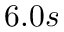
6 . 0 s